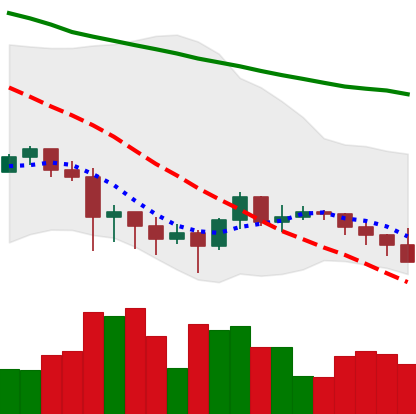
Ticker: XRP-USD
Chart end date: 2022-01-20
Forward return: -14.158%
Label: down_7plus